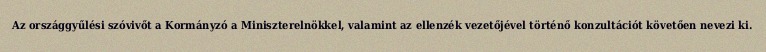
Az országgyűlési szóvivőt a Kormányzó a Miniszterelnökkel, valamint az ellenzék vezetőjével történő konzultációt követően nevezi ki.